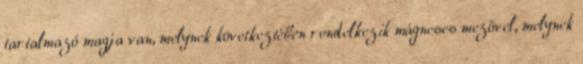
tartalmazó magja van, melynek következtében rendelkezik mágneses mezővel, melynek